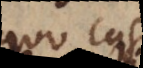
quo casu